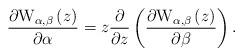
LaTeX: \begin{align*}\frac{\partial \mathrm{W}_{\alpha ,\beta }\left( z\right) }{\partial \alpha }=z\frac{\partial }{\partial z}\left( \frac{\partial \mathrm{W}_{\alpha,\beta }\left( z\right) }{\partial \beta }\right) . \end{align*}